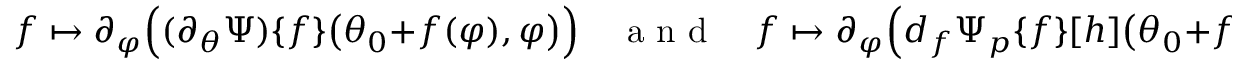
f \mapsto \partial _ { \varphi } \Big ( ( \partial _ { \theta } \Psi ) \{ f \} \big ( \theta _ { 0 } + f ( \varphi ) , \varphi \big ) \Big ) \quad \textnormal { a n d } \quad f \mapsto \partial _ { \varphi } \Big ( d _ { f } \Psi _ { p } \{ f \} [ h ] \big ( \theta _ { 0 } + f ( \varphi ) , \varphi \big ) \Big )